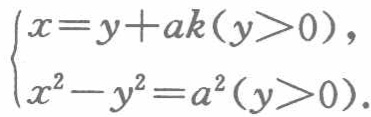
$\begin{cases}x = y + ak(y>0),\\x^{2}-y^{2}=a^{2}(y > 0).\end{cases}$